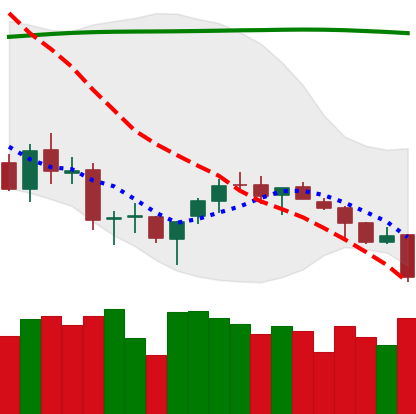
Ticker: BTC-USD
Chart end date: 2018-03-29
Forward return: 4.053%
Label: up_3_5